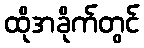
ထိုအခိုက်တွင်